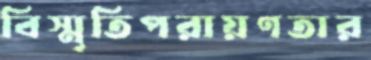
বিস্মৃতিপরায়ণতার